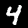
Label: 4